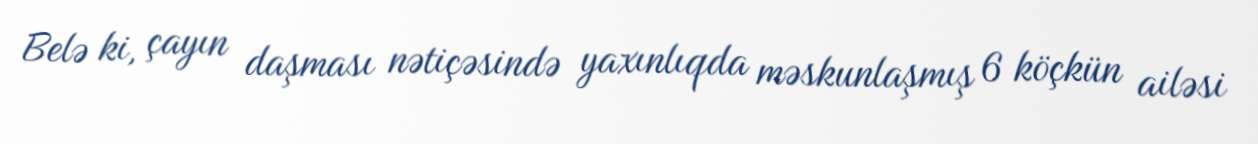
Belə ki, çayın daşması nətiçəsində yaxınlıqda məskunlaşmış 6 köçkün ailəsi